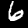
Label: 6